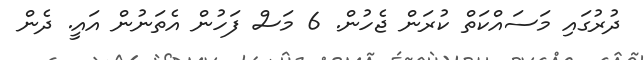
ދުރުގައި މަސައްކަތް ކުރަން ޖެހުން. 6 މަސް ފަހުން އެތަނުން އައީ. ދެން